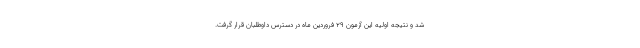
شد و نتیجه اولیه این آزمون ۲۹ فروردین ماه در دسترس داوطلبان قرار گرفت.